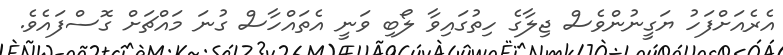
އެރެއަށްފަހު ޔަގީނުންވެސް ޖިލާގެ ހިތުގައިވާ ލޯބި ވަނީ އެތައްހާސް ގުނަ މައްޗަށް ގޮސްފައެވެ.